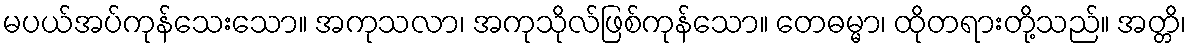
မပယ်အပ်ကုန်သေးသော။ အကုသလာ၊ အကုသိုလ်ဖြစ်ကုန်သော။ တေဓမ္မာ၊ ထိုတရားတို့သည်။ အတ္တိ၊